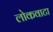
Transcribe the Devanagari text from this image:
लोकवाटा